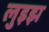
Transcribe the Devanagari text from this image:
लुइझ